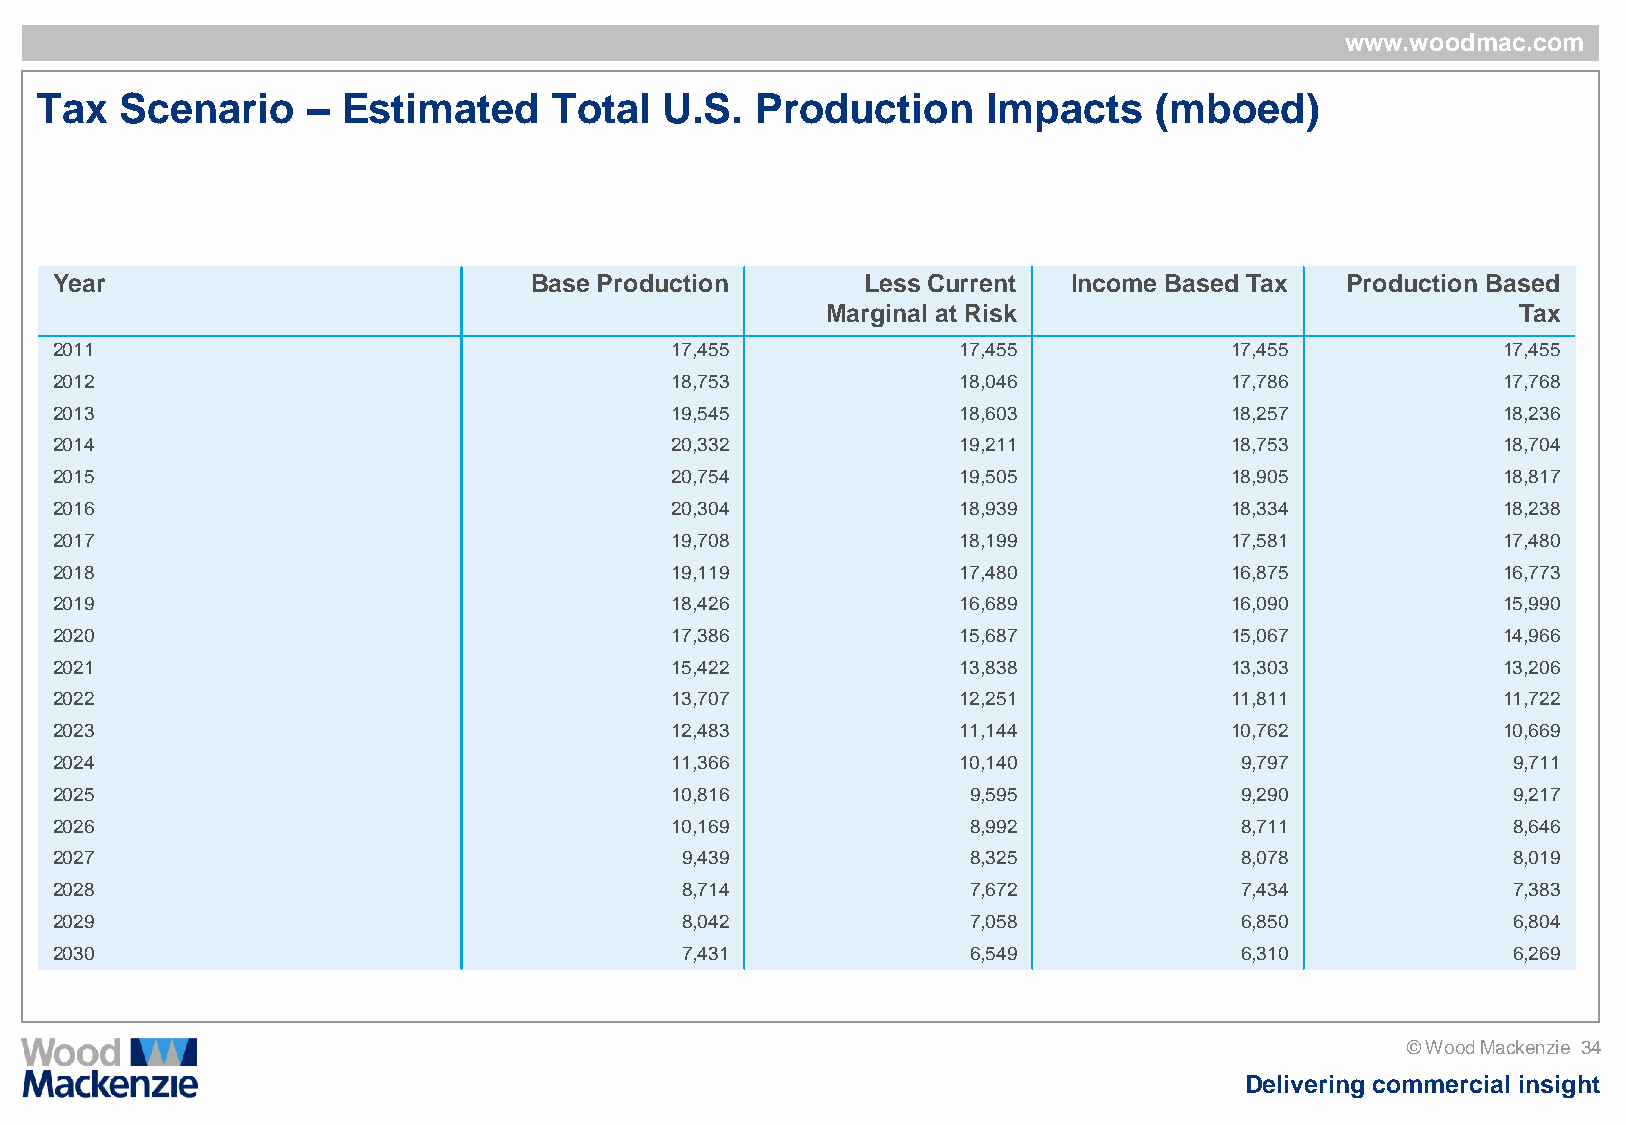
www.woodmac.com
 Tax   Scenario    –  Estimated     Total  U.S.  Production     Impacts    (mboed)
 Year                            Base Production       Less Current  Income Based Tax  Production Based
 Marginal at Risk                             Tax
 2011                                     17,455             17,455            17,455            17,455
 2012                                     18,753             18,046            17,786            17,768
 2013                                     19,545             18,603            18,257            18,236
 2014                                     20,332             19,211            18,753            18,704
 2015                                     20,754             19,505            18,905            18,817
 2016                                     20,304             18,939            18,334            18,238
 2017                                     19,708             18,199            17,581            17,480
 2018                                     19,119             17,480            16,875            16,773
 2019                                     18,426             16,689            16,090            15,990
 2020                                     17,386             15,687            15,067            14,966
 2021                                     15,422             13,838            13,303            13,206
 2022                                     13,707             12,251            11,811            11,722
 2023                                     12,483             11,144            10,762            10,669
 2024                                     11,366             10,140             9,797             9,711
 2025                                     10,816              9,595             9,290             9,217
 2026                                     10,169              8,992             8,711             8,646
 2027                                      9,439              8,325             8,078             8,019
 2028                                      8,714              7,672             7,434             7,383
 2029                                      8,042              7,058             6,850             6,804
 2030                                      7,431              6,549             6,310             6,269
 © Wood Mackenzie 34
 Delivering commercial insight